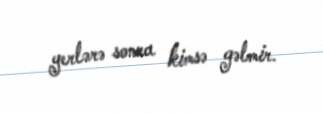
yerlərə sonra kimsə gəlmir.